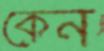
কেন